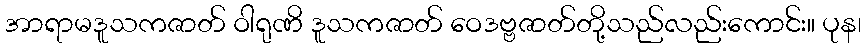
အာရာမဒူသကဇာတ် ဝါရုဏိ ဒူသကဇာတ် ဝေဒဗ္ဗဇာတ်တို့သည်လည်းကောင်း။ ပုန၊